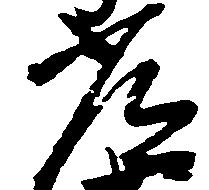
常